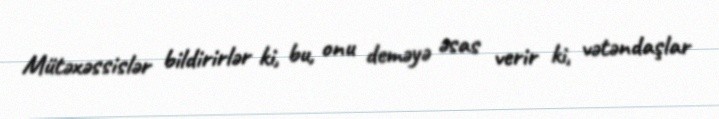
Mütəxəssislər bildirirlər ki, bu, onu deməyə əsas verir ki, vətəndaşlar